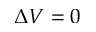
\Delta V = 0